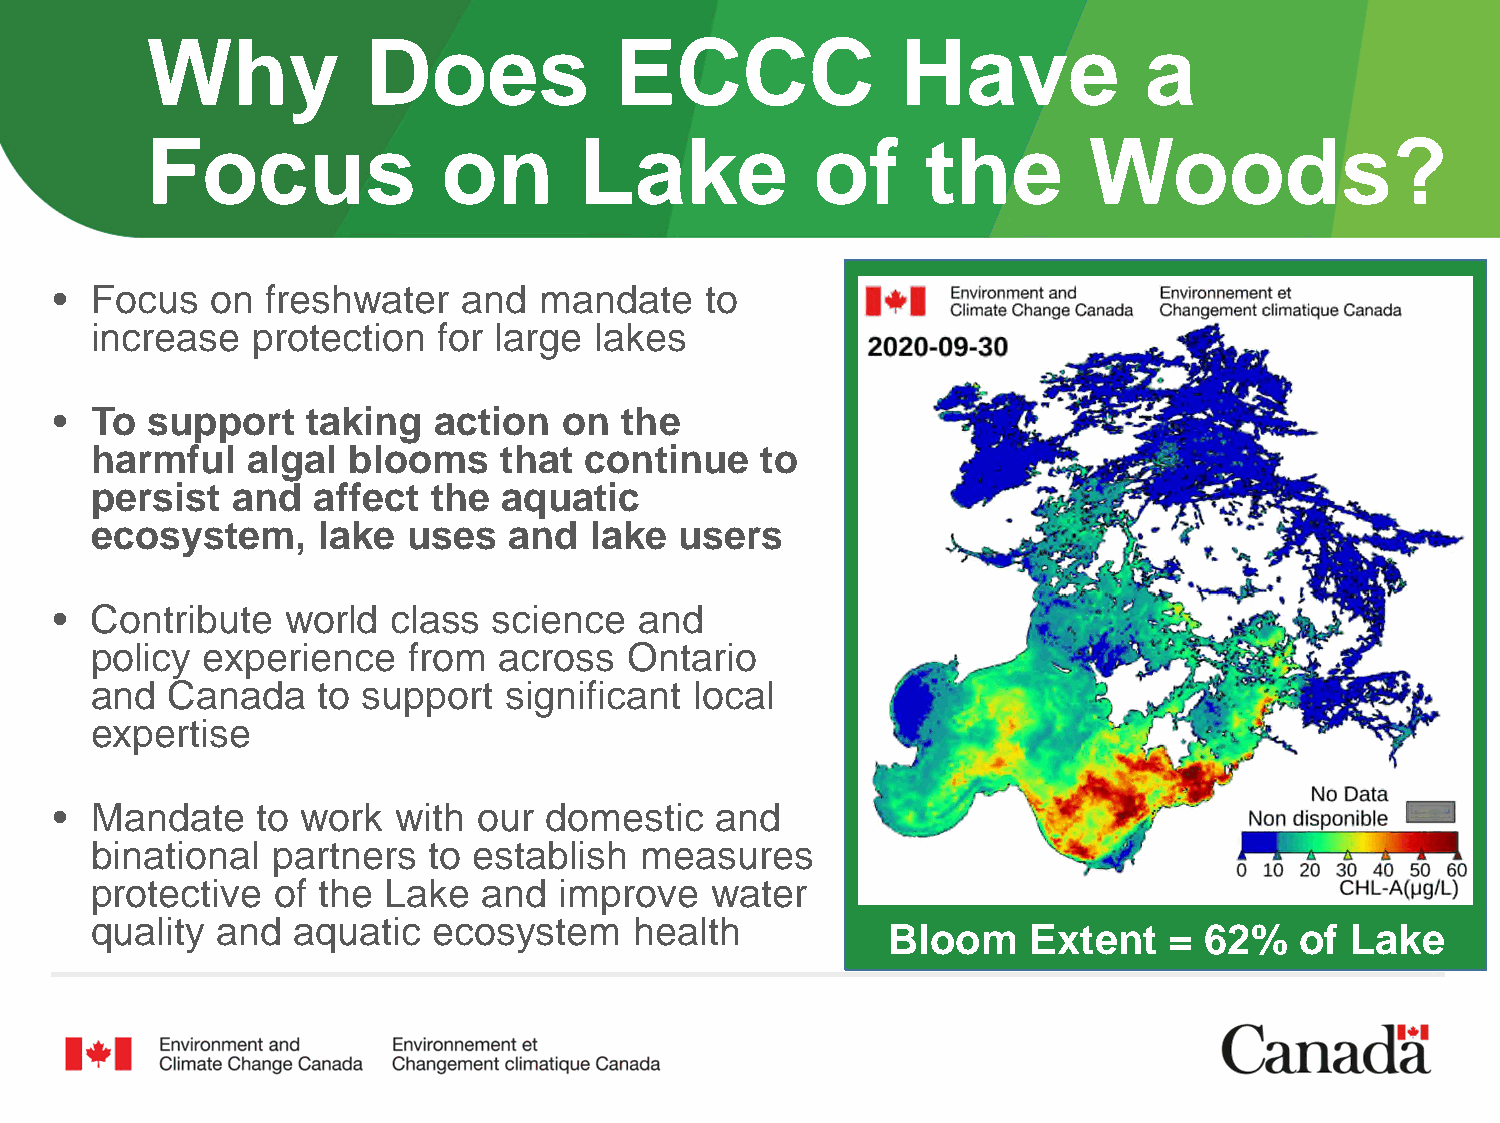
Why           Does             ECCC               Have            a
 Focus              on       Lake            of     the        Woods?
 • Focus   on  freshwater   and  mandate    to
 increase   protection  for large lakes
 • To  support   taking   action  on  the
 harmful   algal  blooms    that  continue   to
 persist  and   affect  the aquatic
 ecosystem,     lake  uses   and  lake  users
 • Contribute   world  class  science  and
 policy experience    from  across   Ontario
 and  Canada    to support  significant  local
 expertise
 • Mandate    to work  with  our domestic   and
 binational  partners  to establish  measures
 protective  of the Lake   and  improve   water
 quality and  aquatic   ecosystem    health
 Bloom    Extent   =  62%   of Lake